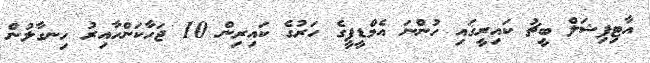
އާޓިފިޝަލް ބީޗު ކައިރީގައި ހުންނަ އެމްޑީޕީގެ ހަރުގެ ކައިރިން 10 ޖަހާކަންހާއިރު ހިނގާލުން